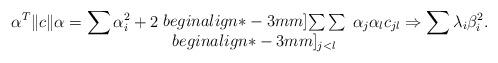
LaTeX: \begin{align*}\alpha^T \|c\| \alpha =\sum \alpha_i^2 +2\!\begin{array}{c} {} \\begin{align*}-3mm] {\sum\sum} \\begin{align*}-3mm] {}_{j<l} \end{array}\alpha_j \alpha_l c_{jl}\Rightarrow\sum \lambda_i \beta_i^2 .\end{align*}